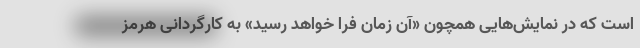
است که در نمایش‌هایی همچون «آن زمان فرا خواهد رسید» به کارگردانی هرمز